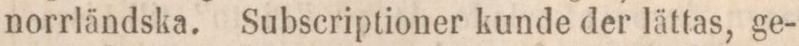
norrländska. Subscriptioner kunde der lättas, ge-